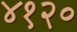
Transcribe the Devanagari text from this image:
४१२०